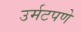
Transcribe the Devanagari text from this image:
उर्मटपणे